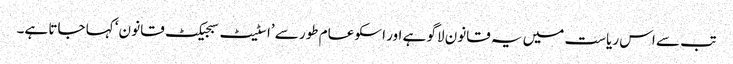
تب سے اس ریاست میں یہ قانون لاگو ہے اور اسکو عام طور سے ’اسٹیٹ سبجیکٹ قانو ن‘ کہا جاتا ہے۔